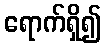
ရောက်ရှိ၍